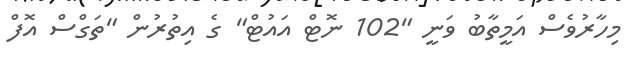
މިހާރުވެސް އަމީތާބު ވަނީ "102 ނޮޓް އައުޓް" ގެ އިތުރުން "ތަގްސް އޮފް